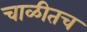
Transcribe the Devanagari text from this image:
चाळीतच